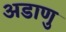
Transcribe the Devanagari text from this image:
अडाणु